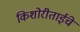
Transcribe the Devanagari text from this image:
किशोरीताईंचे